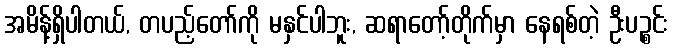
အမိန့်ရှိပါတယ်, တပည့်တော်ကို မနှင်ပါဘူး, ဆရာတော့်တိုက်မှာ နေရစ်တဲ့ ဦးပဉ္စင်း